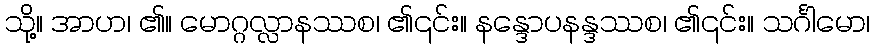
သို့။ အာဟ၊ ၏။ မောဂ္ဂလ္လာနဿစ၊ ၏၎င်း။ နန္ဒောပနန္ဒဿစ၊ ၏၎င်း။ သင်္ဂါမော၊